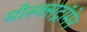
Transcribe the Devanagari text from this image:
मोस्क्सट्रॉमेन